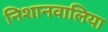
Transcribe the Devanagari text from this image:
निशानवालिया